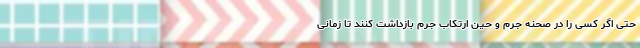
حتی اگر کسی را در صحنه جرم و حین ارتکاب جرم بازداشت کنند تا زمانی